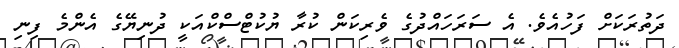
ދަތުރަކަށް ފަހުއެވެ. އެ ސަރަހައްދުގެ ވެރިކަން ކުރާ ޔުކުޓްސްކްއަކީ ދުނިޔޭގެ އެންމެ ފިނި